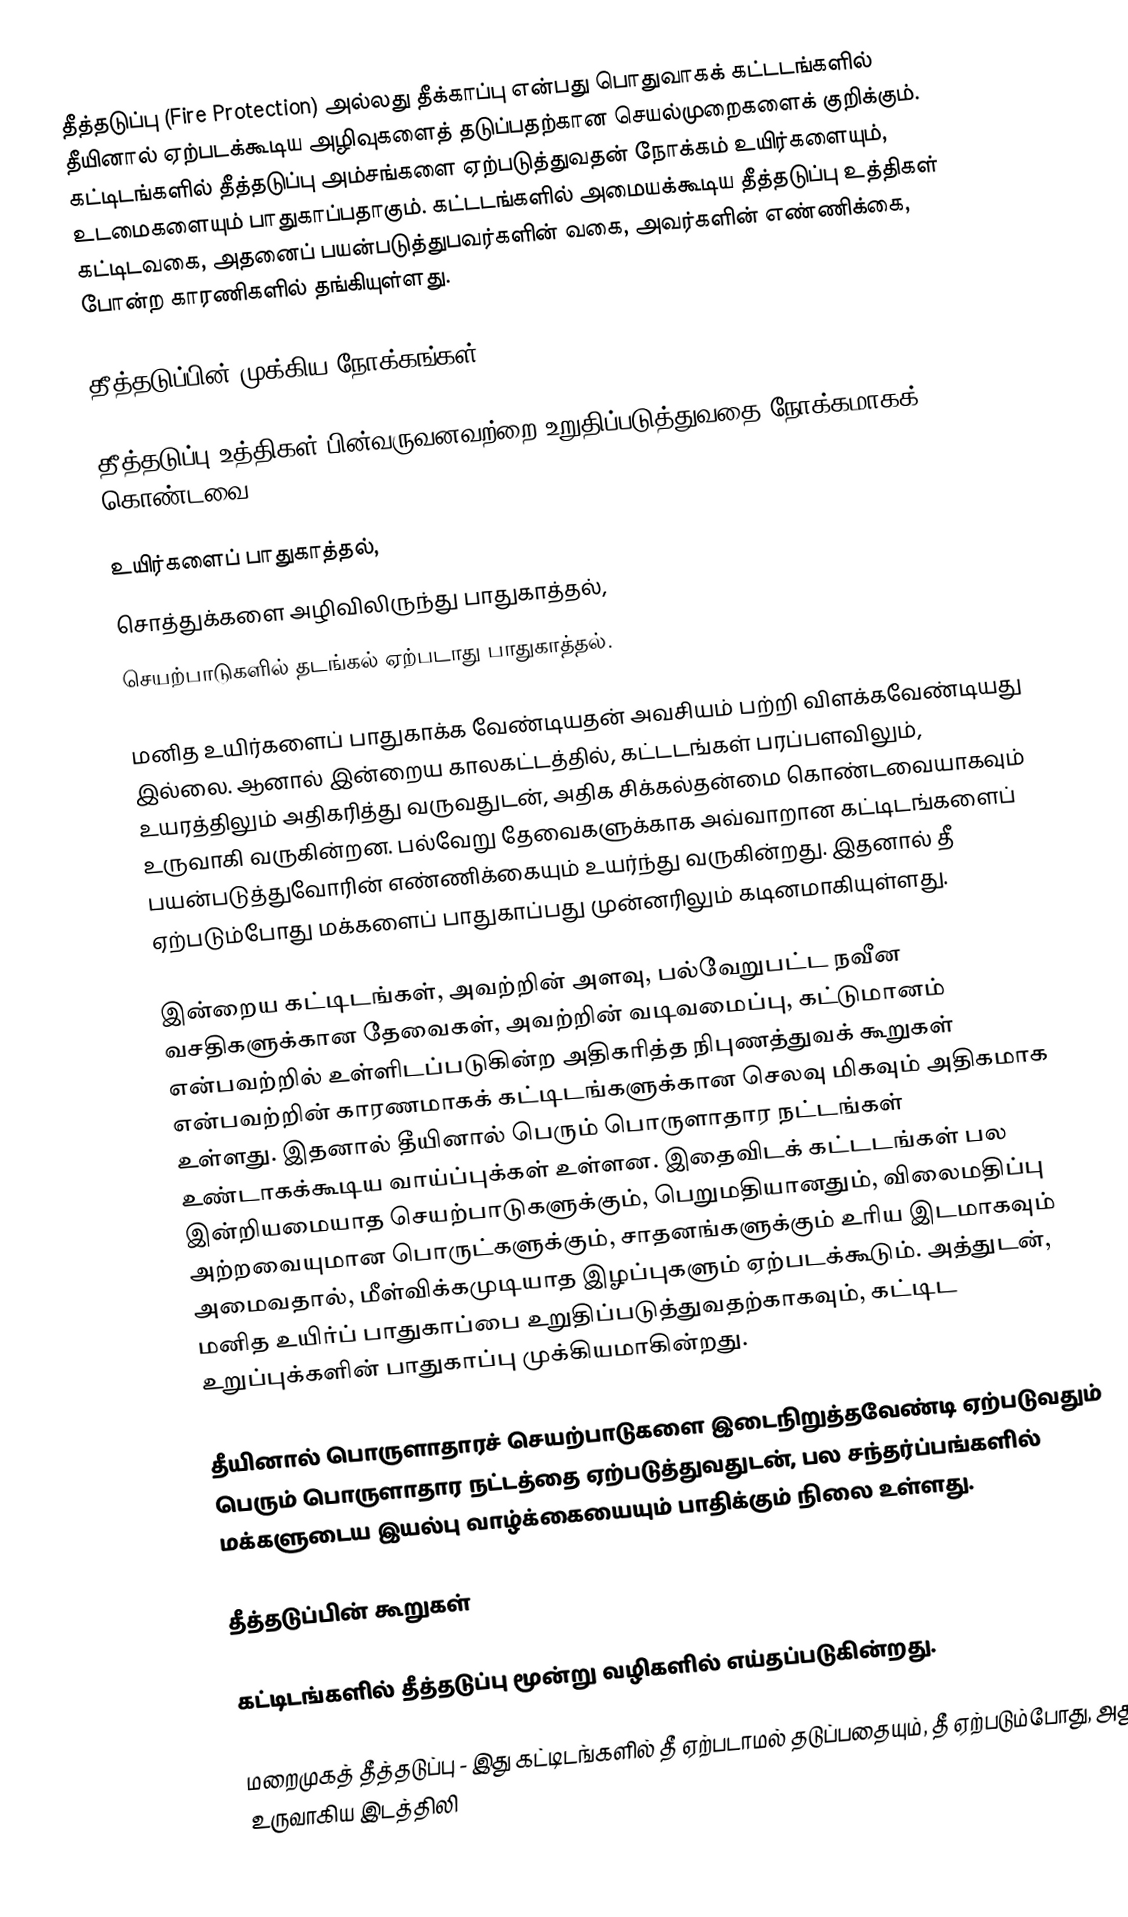
தீத்தடுப்பு (Fire Protection) அல்லது தீக்காப்பு என்பது பொதுவாகக் கட்டடங்களில் தீயினால் ஏற்படக்கூடிய அழிவுகளைத் தடுப்பதற்கான செயல்முறைகளைக் குறிக்கும். கட்டிடங்களில் தீத்தடுப்பு அம்சங்களை ஏற்படுத்துவதன் நோக்கம் உயிர்களையும், உடமைகளையும் பாதுகாப்பதாகும். கட்டடங்களில் அமையக்கூடிய தீத்தடுப்பு உத்திகள் கட்டிடவகை, அதனைப் பயன்படுத்துபவர்களின் வகை, அவர்களின் எண்ணிக்கை, போன்ற காரணிகளில் தங்கியுள்ளது.

தீத்தடுப்பின் முக்கிய நோக்கங்கள்

தீத்தடுப்பு உத்திகள் பின்வருவனவற்றை உறுதிப்படுத்துவதை நோக்கமாகக் கொண்டவை.

 உயிர்களைப் பாதுகாத்தல்,
 சொத்துக்களை அழிவிலிருந்து பாதுகாத்தல்,
 செயற்பாடுகளில் தடங்கல் ஏற்படாது பாதுகாத்தல்.

மனித உயிர்களைப் பாதுகாக்க வேண்டியதன் அவசியம் பற்றி விளக்கவேண்டியது இல்லை. ஆனால் இன்றைய காலகட்டத்தில், கட்டடங்கள் பரப்பளவிலும், உயரத்திலும் அதிகரித்து வருவதுடன், அதிக சிக்கல்தன்மை கொண்டவையாகவும் உருவாகி வருகின்றன. பல்வேறு தேவைகளுக்காக அவ்வாறான கட்டிடங்களைப் பயன்படுத்துவோரின் எண்ணிக்கையும் உயர்ந்து வருகின்றது. இதனால் தீ ஏற்படும்போது மக்களைப் பாதுகாப்பது முன்னரிலும் கடினமாகியுள்ளது.

இன்றைய கட்டிடங்கள், அவற்றின் அளவு, பல்வேறுபட்ட நவீன வசதிகளுக்கான தேவைகள், அவற்றின் வடிவமைப்பு, கட்டுமானம் என்பவற்றில் உள்ளிடப்படுகின்ற அதிகரித்த நிபுணத்துவக் கூறுகள் என்பவற்றின் காரணமாகக் கட்டிடங்களுக்கான செலவு மிகவும் அதிகமாக உள்ளது. இதனால் தீயினால் பெரும் பொருளாதார நட்டங்கள் உண்டாகக்கூடிய வாய்ப்புக்கள் உள்ளன. இதைவிடக் கட்டடங்கள் பல இன்றியமையாத செயற்பாடுகளுக்கும், பெறுமதியானதும், விலைமதிப்பு அற்றவையுமான பொருட்களுக்கும், சாதனங்களுக்கும் உரிய இடமாகவும் அமைவதால், மீள்விக்கமுடியாத இழப்புகளும் ஏற்படக்கூடும். அத்துடன், மனித உயிர்ப் பாதுகாப்பை உறுதிப்படுத்துவதற்காகவும், கட்டிட உறுப்புக்களின் பாதுகாப்பு முக்கியமாகின்றது.

தீயினால் பொருளாதாரச் செயற்பாடுகளை இடைநிறுத்தவேண்டி ஏற்படுவதும் பெரும் பொருளாதார நட்டத்தை ஏற்படுத்துவதுடன், பல சந்தர்ப்பங்களில் மக்களுடைய இயல்பு வாழ்க்கையையும் பாதிக்கும் நிலை உள்ளது.

தீத்தடுப்பின் கூறுகள்

கட்டிடங்களில் தீத்தடுப்பு மூன்று வழிகளில் எய்தப்படுகின்றது.

 மறைமுகத் தீத்தடுப்பு - இது கட்டிடங்களில் தீ ஏற்படாமல் தடுப்பதையும், தீ ஏற்படும்போது, அது உருவாகிய இடத்திலி